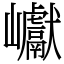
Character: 巘